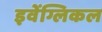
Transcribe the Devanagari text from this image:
इवेंग्लिकल